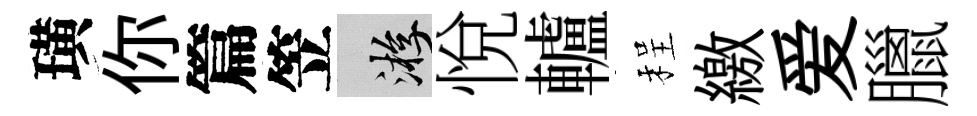
璜你篇笠游悅轤程繳爱臘